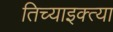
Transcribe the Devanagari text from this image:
तिच्याइक्त्या